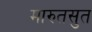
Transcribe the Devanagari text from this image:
मारुतसुत